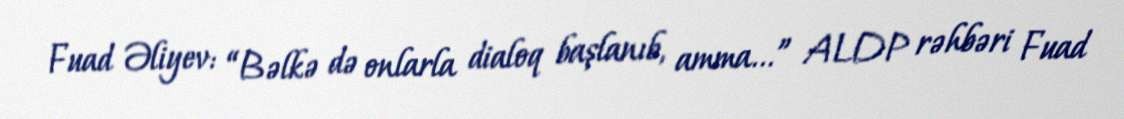
Fuad Əliyev: “Bəlkə də onlarla dialoq başlanıb, amma...” ALDP rəhbəri Fuad